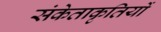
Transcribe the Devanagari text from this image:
संकेताकृतियों